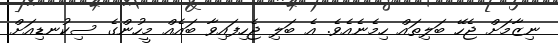
ނިޒާމަށް ޖެހޭ ބަލިތައް ހިމެނެއެވެ. އެ ބަލި ޖެހިފައިވާ ބައެއް މީހުންގެ ސިކުނޑިއަށް